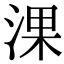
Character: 淉